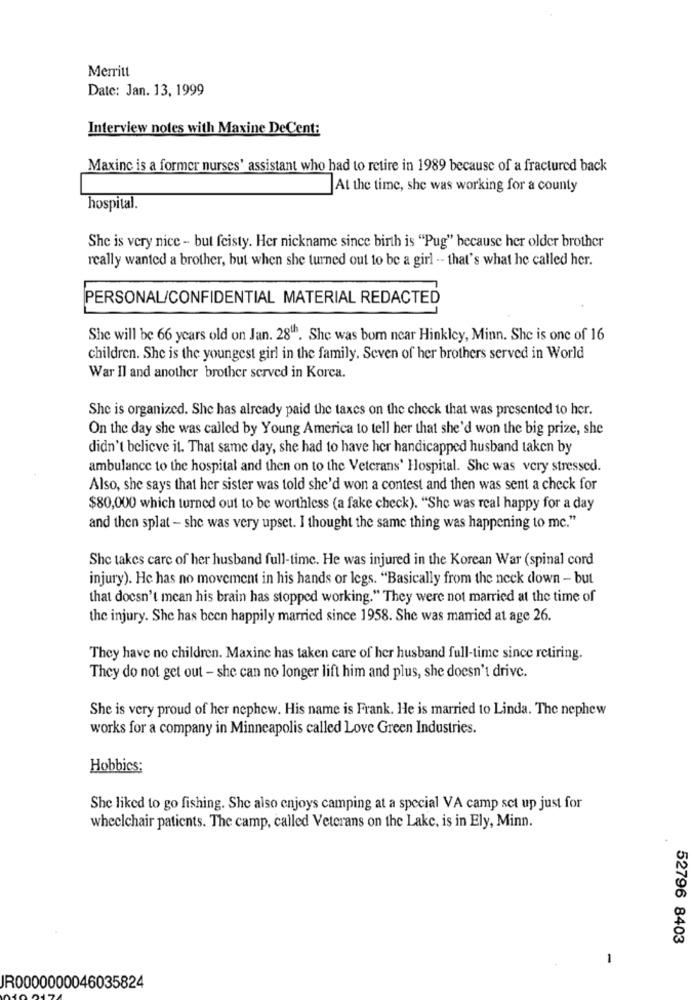
Merritt
Date: Jan. 13, 1999
Interview notes with Maxine De Cent:
Maxinc is a former nurses' assistant who had to retire in 1989 because of a fractured back
At the time, she was working for a county
hospital.
She is very nice - but feisty. Her nickname since birth is "Pug" because her older brother
really wanted a brother, but when she turned out to be a girl -- that's what he called her.
PERSONAL/CONFIDENTIAL MATERIAL REDACTED
She will be 66 years old on Jan. 281h. She was born near Hinkley, Minn. She is one of 16
children. She is the youngest girl in the family. Seven of her brothers served in World
War Il and another brother served in Korea.
She is organized. She has already paid the taxes on the check that was presented to her.
On the day she was called by Young America to tell her that she'd won the big prize, she
didn't believe it. That same day, she had to have her handicapped husband taken by
ambulance to the hospital and then on to the Veterans' Hospital. She was very stressed.
Also, she says that her sister was told she'd won a contest and then was sent a check for
$80,000 which turned out to be worthless (a fake check). "She was real happy for a day
and then splat - she was very upset. I thought the same thing was happening to mc."
She takes care of her husband full-time. He was injured in the Korean War (spinal cord
injury). He has no movement in his hands or legs. "Basically from the neck down - but
that doesn't mean his brain has stopped working." They were not married at the time of
the injury. She has been happily married since 1958. She was married at age 26.
They have no children. Maxine has taken care of her husband full-time since retiring.
They do not get out - she can no longer lift him and plus, she doesn't drive.
She is very proud of her nephew. His name is Frank. He is married to Linda. The nephew
works for a company in Minneapolis called Love Green Industries.
Hobbies:
She liked to go fishing. She also enjoys camping at a special VA camp set up just for
wheelchair patients. The camp, called Veterans on the Lake, is in Ely, Minn.
52796 8403
-
JR0000000046035824